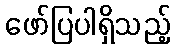
ဖော်ပြပါရှိသည့်